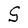
Character: S